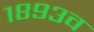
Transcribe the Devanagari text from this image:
१८९३व